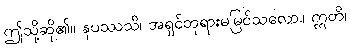
ဤသို့ဆို၏။ နပဿသိ၊ အရှင်ဘုရားမမြင်သလော။ ဣတိ၊